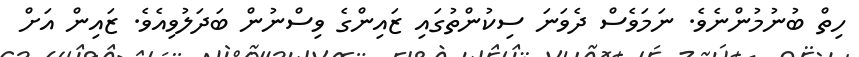
ހިތް ބުނުމުންނެވެ. ނަމަވެސް ދެވަނަ ސިކުންތުގައި ޒައިންގެ ވިސްނުން ބަދަލުވިއެވެ. ޒައިން އަށް